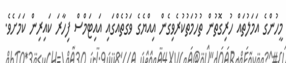
މީހުންގެ އަމަލުތައް ހުރިގޮތުން ތުހުމަތުކުރެވިގެން އިއްޔެގެ ވަގުތެއްގައި އައިޓަމްސް ފިހާރަ ކައިރިން ކަމަށެވެ.